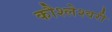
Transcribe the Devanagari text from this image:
कौश्लेश्वरी